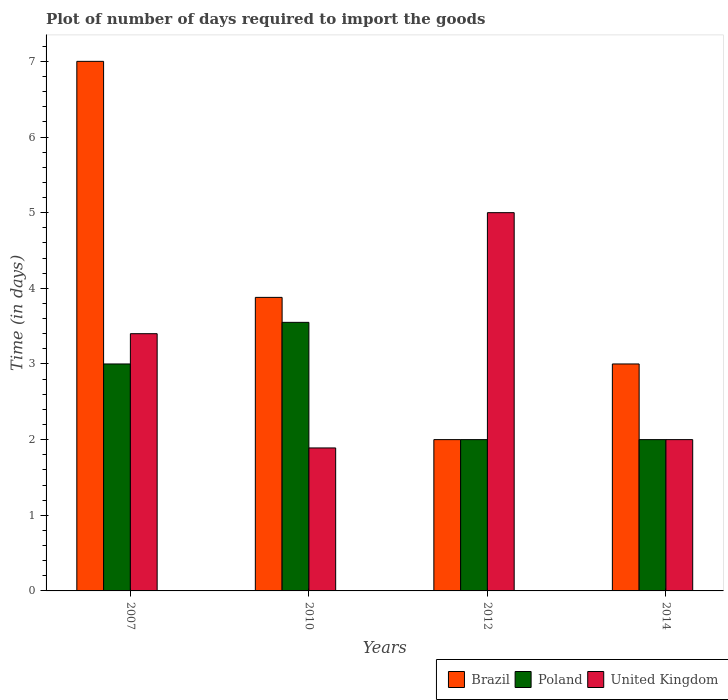
| Years | Brazil | Poland | United Kingdom |
 | --- | --- | --- | --- |
 | 2007 | 7 | 3 | 3.4 |
 | 2010 | 3.88 | 3.55 | 1.89 |
 | 2012 | 2 | 2 | 5 |
 | 2014 | 3 | 2 | 2 |